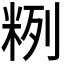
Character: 𱸻